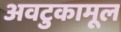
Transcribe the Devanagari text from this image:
अवटुकामूल